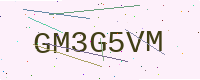
Text: GM3G5VM